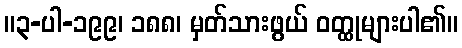
။၃-ပါ-၁၉၉၊ ၁၈၈၊ မှတ်သားဖွယ် ဝတ္ထုများပါ၏။